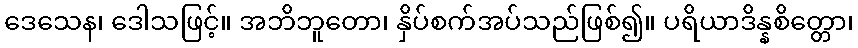
ဒေသေန၊ ဒေါသဖြင့်။ အဘိဘူတော၊ နှိပ်စက်အပ်သည်ဖြစ်၍။ ပရိယာဒိန္နစိတ္တော၊